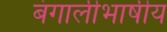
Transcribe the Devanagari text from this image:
बंगालीभाषीय